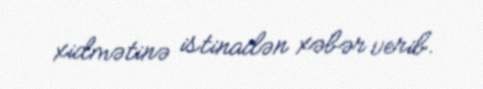
xidmətinə istinadən xəbər verib.